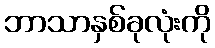
ဘာသာနှစ်ခုလုံးကို